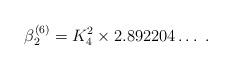
LaTeX: \begin{align*}\beta_2^{(6)} = K_4^2 \times 2.892204 \ldots \; . \end{align*}